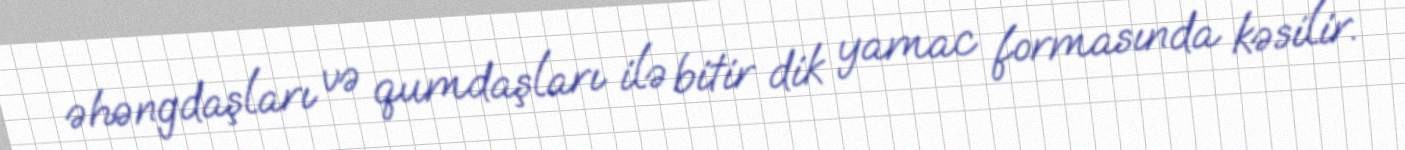
əhəngdaşları və qumdaşları ilə bitir dik yamac formasında kəsilir.